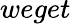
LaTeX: weget